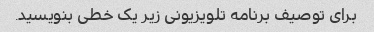
برای توصیف برنامه تلویزیونی زیر یک خطی بنویسید.